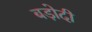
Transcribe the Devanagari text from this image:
बड़ोदी